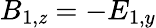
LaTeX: B_{1,\mathit{z}}=-E_{1,y}